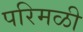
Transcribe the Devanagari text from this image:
परिमळी